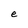
Character: e